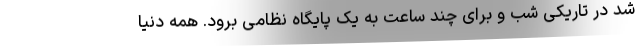
شد در تاریکی شب و برای چند ساعت به یک پایگاه نظامی برود. همه دنیا